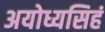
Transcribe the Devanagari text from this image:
अयोध्यसिहं